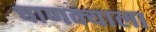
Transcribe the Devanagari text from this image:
चाणक्याला